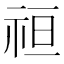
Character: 𮁭